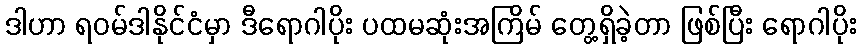
ဒါဟာ ရဝမ်ဒါနိုင်ငံမှာ ဒီရောဂါပိုး ပထမဆုံးအကြိမ် တွေ့ရှိခဲ့တာ ဖြစ်ပြီး ရောဂါပိုး